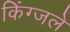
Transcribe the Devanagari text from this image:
किंग्जले